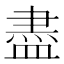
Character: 盡